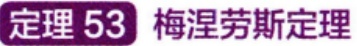
定理 53 梅涅劳斯定理